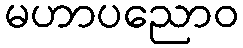
မဟာပညောဝ